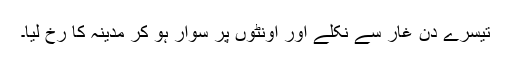
تیسرے دن غار سے نکلے اور اونٹوں پر سوار ہو کر مدینہ کا رخ لیا۔